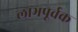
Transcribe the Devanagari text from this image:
लाभपूर्वक